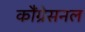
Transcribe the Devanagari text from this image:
कौंग्रेसनल